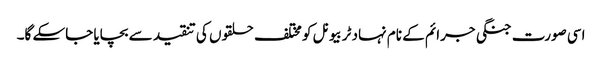
اسی صورت جنگی جرائم کے نام نہاد ٹربیونل کو مختلف حلقوں کی تنقید سے بچایا جاسکے گا۔